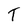
Character: T